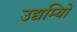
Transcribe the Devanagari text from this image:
उद्यम्यिों